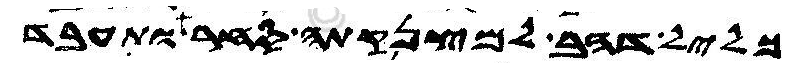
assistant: כליל דהב למצנקתה סחר ותעבד